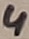
Text: 4